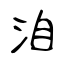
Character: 洎